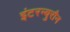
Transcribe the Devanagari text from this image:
इंटरन्युरौन